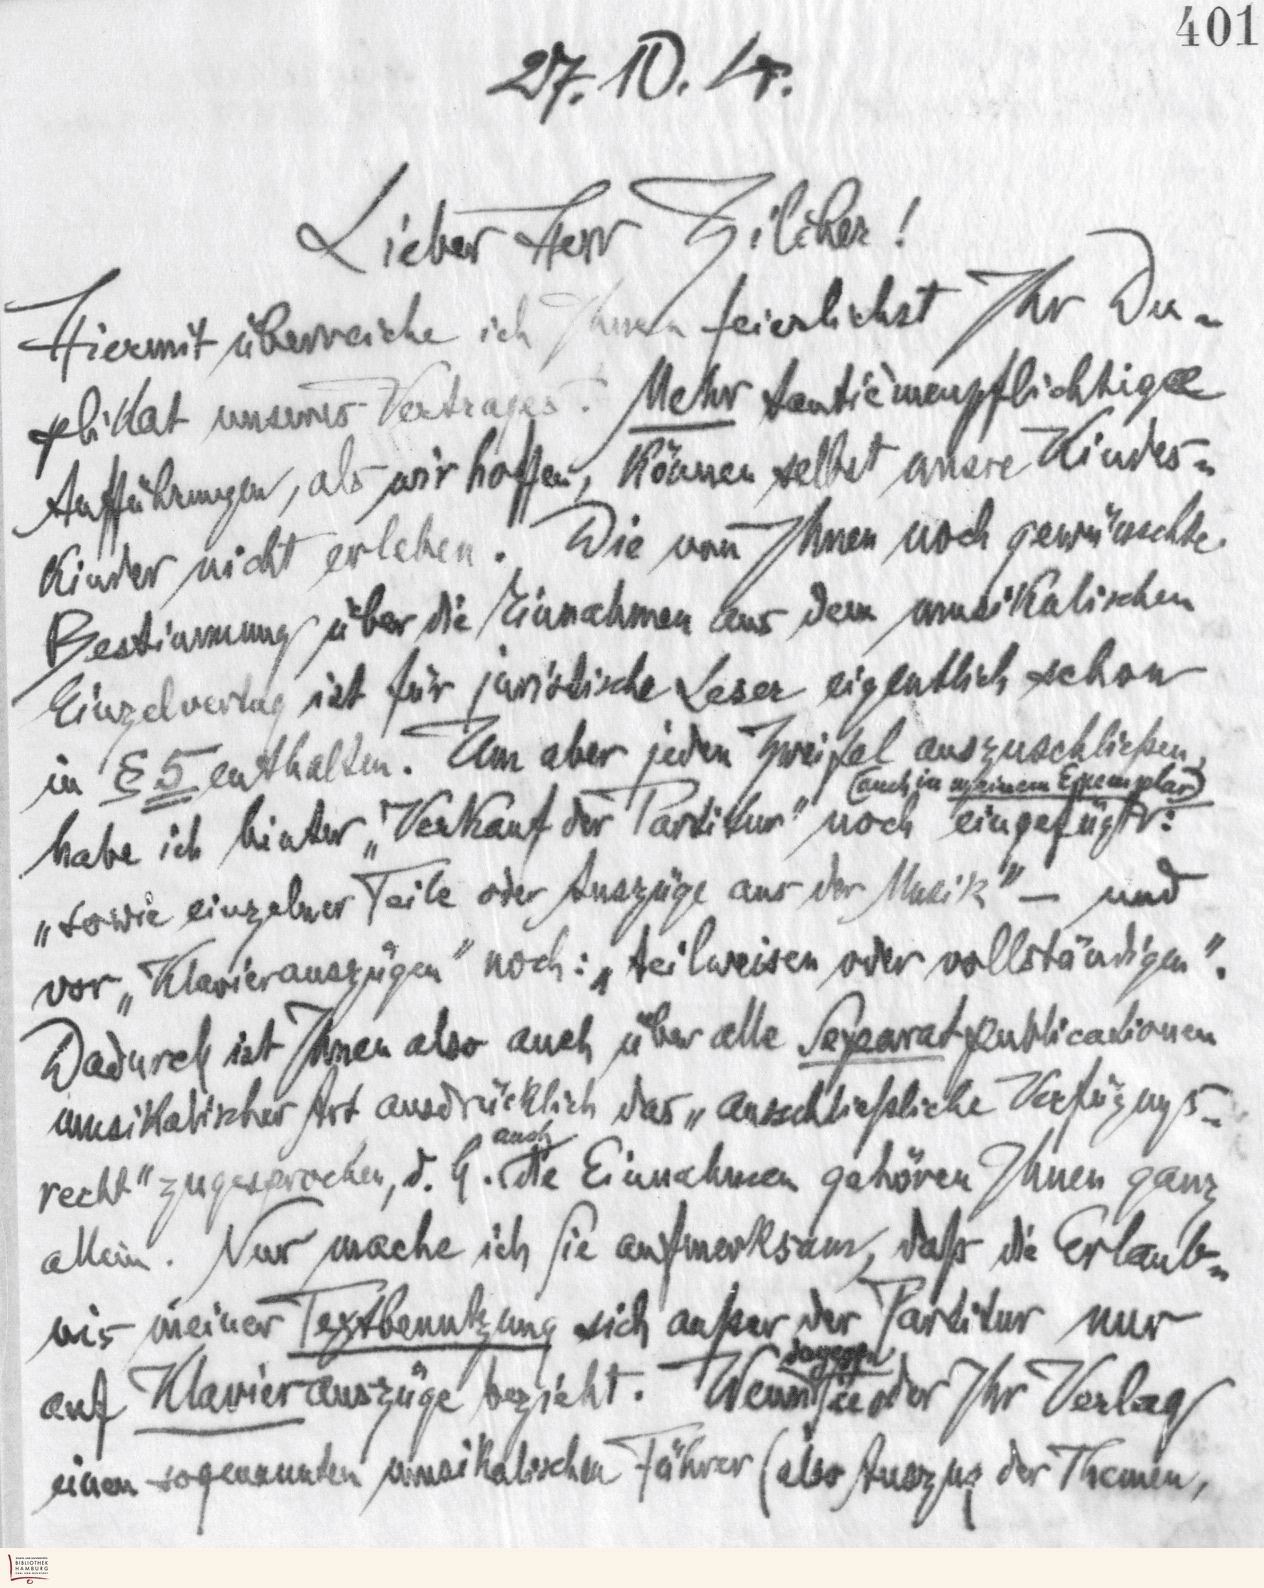
401
27.10.4.
Lieber Herr Zilcker!
Hiermit überreiche ich Ihnen feierlichst Ihr Du-
plikat unseres Vertrages. Mehr tantièmenpflichtige
Aufführungen, als wir hoffen, können selbst unsre Kindes-
Kinder nicht erleben. Die von Ihnen noch gewünschte
Bestimmung über die Einnahmen aus dem musikalischen
Einzelvertrag ist für juristische Leser eigentlich schon
in §5 enthalten. Um aber jeden Zweifel auszuschließen,
habe ich hinter "Verkauf der Partitur" noch eingefügt
(auch in unserem Exemplar):
"sowie einzelner Teile der Auszüge aus der Musik" - und
vor "Klavierauszügen" noch: "teilweisen oder vollständigen".
Dadurch ist Ihnen also auch über alle Separatpublicationen
musikalischer Art ausdrücklich das "ausschließliche Verfügungs-
recht" zugesprochen, d.h. auch die Einnahmen gehören Ihnen ganz
allein. Nur mache ich Sie aufmerksam, daß die Erlaub-
nis meiner Textbenutzung sich außer der Partitur nur
auf Klavierauszüge bezieht. Wenn dagegen Sie oder Ihr Verlag
einen sogenannten musikalischen Führer (also Auszug der Themen,